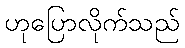
ဟုပြောလိုက်သည်